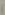
)